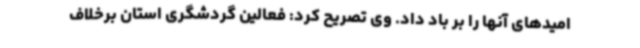
امیدهای آنها را بر باد داد. وی تصریح کرد: فعالین گردشگری استان برخلاف